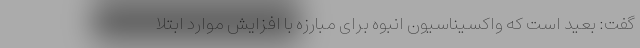
گفت: بعید است که واکسیناسیون انبوه برای مبارزه با افزایش موارد ابتلا